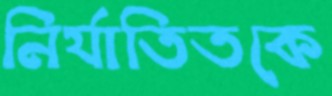
নির্যাতিতকে